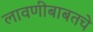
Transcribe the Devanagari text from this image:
लावणीबाबतचे